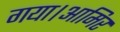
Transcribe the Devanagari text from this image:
गया।आमिर